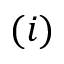
( i )